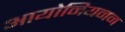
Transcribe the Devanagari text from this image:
आयोनियनन